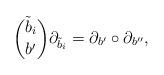
LaTeX: \begin{align*}\binom{\tilde b_i}{b'}\partial_{\tilde b_i}=\partial_{b'}\circ\partial_{b''},\end{align*}